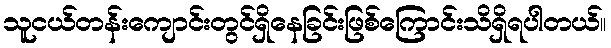
သူငယ်တန်းကျောင်းတွင်ရှိနေခြင်းဖြစ်ကြောင်းသိရှိရပါတယ်။